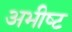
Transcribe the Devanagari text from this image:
अभीष्‍ट